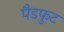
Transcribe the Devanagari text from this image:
पैडफुट